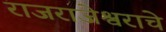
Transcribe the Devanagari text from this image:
राजराजेश्वराचे